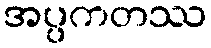
အပ္ပကတဿ